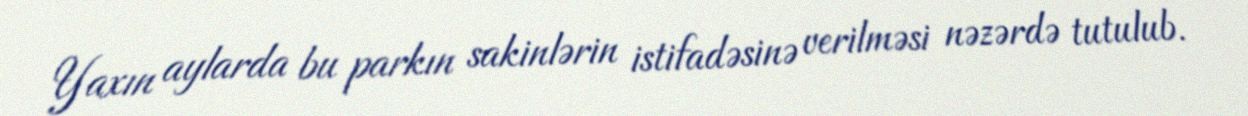
Yaxın aylarda bu parkın sakinlərin istifadəsinə verilməsi nəzərdə tutulub.